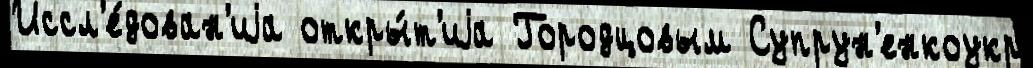
Иссл'е́дован'иjа откры́т'иjа Городцовым Супрун'енкоукр